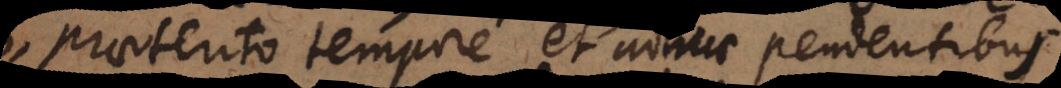
praeterito tempore et adhuc pendentibus